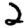
Digit: 2